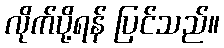
လိုက်ပို့ရန် ပြင်သည်။